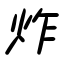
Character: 炸